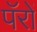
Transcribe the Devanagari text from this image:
पॅरों